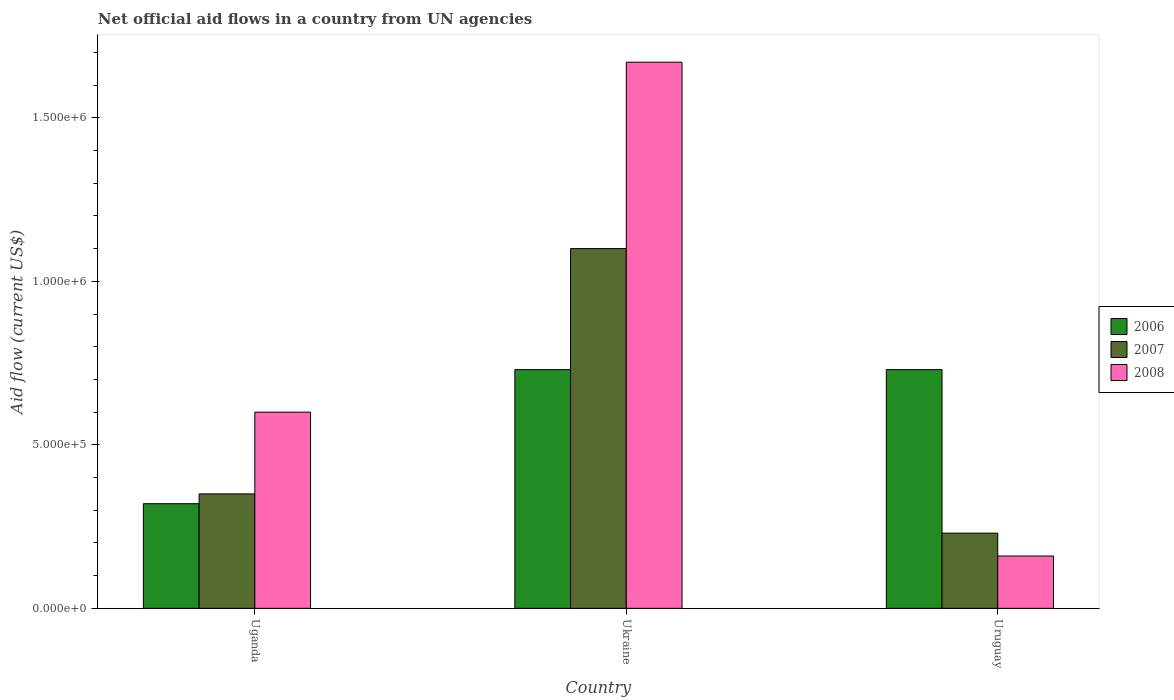
| Country | 2006 | 2007 | 2008 |
 | --- | --- | --- | --- |
 | Uganda | 3.2e+05 | 3.5e+05 | 6e+05 |
 | Ukraine | 7.3e+05 | 1.1e+06 | 1.67e+06 |
 | Uruguay | 7.3e+05 | 2.3e+05 | 1.6e+05 |